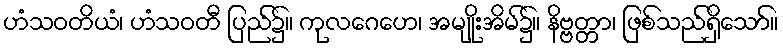
ဟံသဝတိယံ၊ ဟံသဝတီ ပြည်၌။ ကုလဂေဟေ၊ အမျိုးအိမ်၌။ နိဗ္ဗတ္တာ၊ ဖြစ်သည်ရှိသော်။